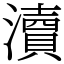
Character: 瀆